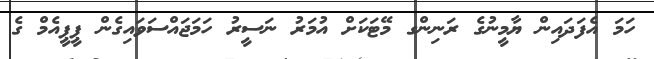
ހަމަ އެފަދައިން ޔާމީނުގެ ރަނިންގ މޭޓަކަށް އުމަރު ނަސީރު ހަމަޖައްސަވައިގެން ޕީޕީއެމް ގެ